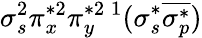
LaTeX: \sigma_{s}^{2}\pi_{x}^{*2}\pi_{y}^{*2}{}\, ^{1}(\sigma_{s}^{*}\overline{{\sigma_{p}^{*}}})